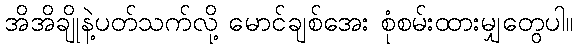
အိအိချိုနဲ့ပတ်သက်လို့ မောင်ချစ်အေး စုံစမ်းထားမျှတွေပါ။